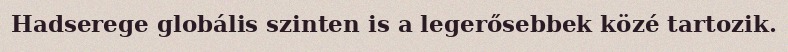
Hadserege globális szinten is a legerősebbek közé tartozik.